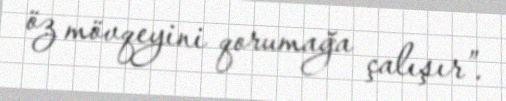
öz mövqeyini qorumağa çalışır”.